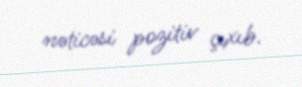
nəticəsi pozitiv çıxıb.